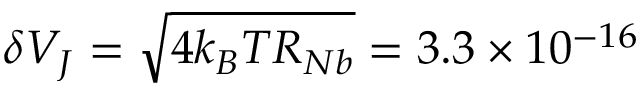
\delta V _ { J } = \sqrt { 4 k _ { B } T R _ { N b } } = 3 . 3 \times 1 0 ^ { - 1 6 }